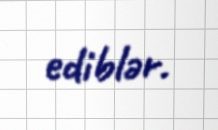
ediblər.